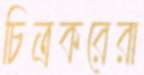
চিত্রকরেরা